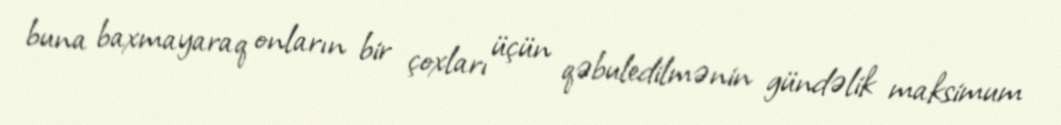
buna baxmayaraq onların bir çoxları üçün qəbuledilmənin gündəlik maksimum